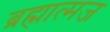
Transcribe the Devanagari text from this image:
ब्रह्मात्मज